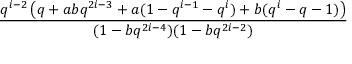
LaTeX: \frac { q ^ { i - 2 } \left( q + a b q ^ { 2 i - 3 } + a ( 1 - q ^ { i - 1 } - q ^ { i } ) + b ( q ^ { i } - q - 1 ) \right) } { ( 1 - b q ^ { 2 i - 4 } ) ( 1 - b q ^ { 2 i - 2 } ) }